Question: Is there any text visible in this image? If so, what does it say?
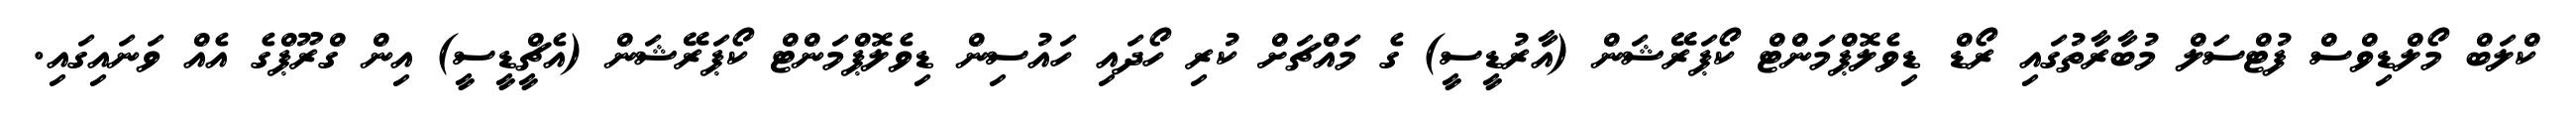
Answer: ކްލަބް މޯލްޑިވްސް ފުޓްސަލް މުބާރާތުގައި ރޯޑް ޑިވެލޮޕްމަންޓް ކޯޕަރޭޝަން (އާރުޑީސީ) ގެ މައްޗަށް ކުރި ހޯދައި ހައުސިން ޑިވެލޮޕްމަންޓް ކޯޕަރޭޝަން (އެޗްީޑީސީ) އިން ގްރޫޕްގެ އެއް ވަނައިގައި.